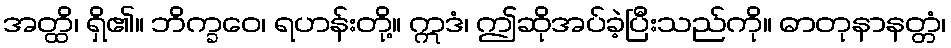
အတ္ထိ၊ ရှိ၏။ ဘိက္ခဝေ၊ ရဟန်းတို့။ ဣဒံ၊ ဤဆိုအပ်ခဲ့ပြီးသည်ကို။ ဓာတုနာနတ္တံ၊